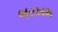
ભરખમ